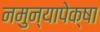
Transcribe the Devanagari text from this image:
नमुन्यापेक्षा